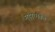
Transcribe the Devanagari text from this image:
महात्मतेचे